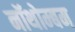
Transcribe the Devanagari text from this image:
नॉथोम्बम